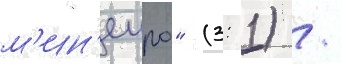
м'ин'еиро" (3: 1) /